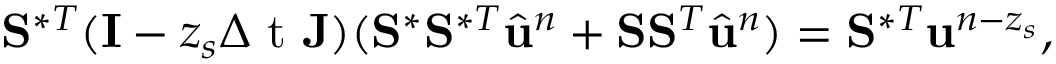
\mathbf { S } ^ { \ast T } ( \mathbf { I } - z _ { s } \ensuremath { \Delta \mathrm { ~ t ~ } } \mathbf { J } ) ( \mathbf { S } ^ { \ast } \mathbf { S } ^ { \ast T } \hat { \ensuremath { \mathbf { u } } } ^ { n } + \mathbf { S } \mathbf { S } ^ { T } \hat { \ensuremath { \mathbf { u } } } ^ { n } ) = \mathbf { S } ^ { \ast T } \ensuremath { \mathbf { u } } ^ { n - z _ { s } } ,